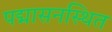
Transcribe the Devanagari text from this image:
पद्मासनस्थित